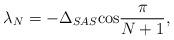
LaTeX: \begin{align*}\lambda _{N}=-\Delta _{SAS}\mathrm{\cos }\frac{\pi }{N+1},\end{align*}